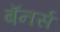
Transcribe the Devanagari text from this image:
बॅनर्स